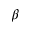
\beta